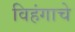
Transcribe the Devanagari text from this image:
विहंगाचे